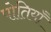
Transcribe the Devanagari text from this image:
पोतियाँ